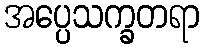
အပ္ပေသက္ခတရာ